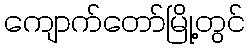
ကျောက်တော်မြို့တွင်